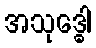
အသုဒ္ဓေါ